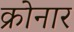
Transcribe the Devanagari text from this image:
क्रोनार